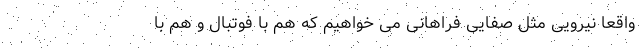
واقعاً نیرویی مثل صفایی فراهانی می‌ خواهیم که هم با فوتبال و هم با